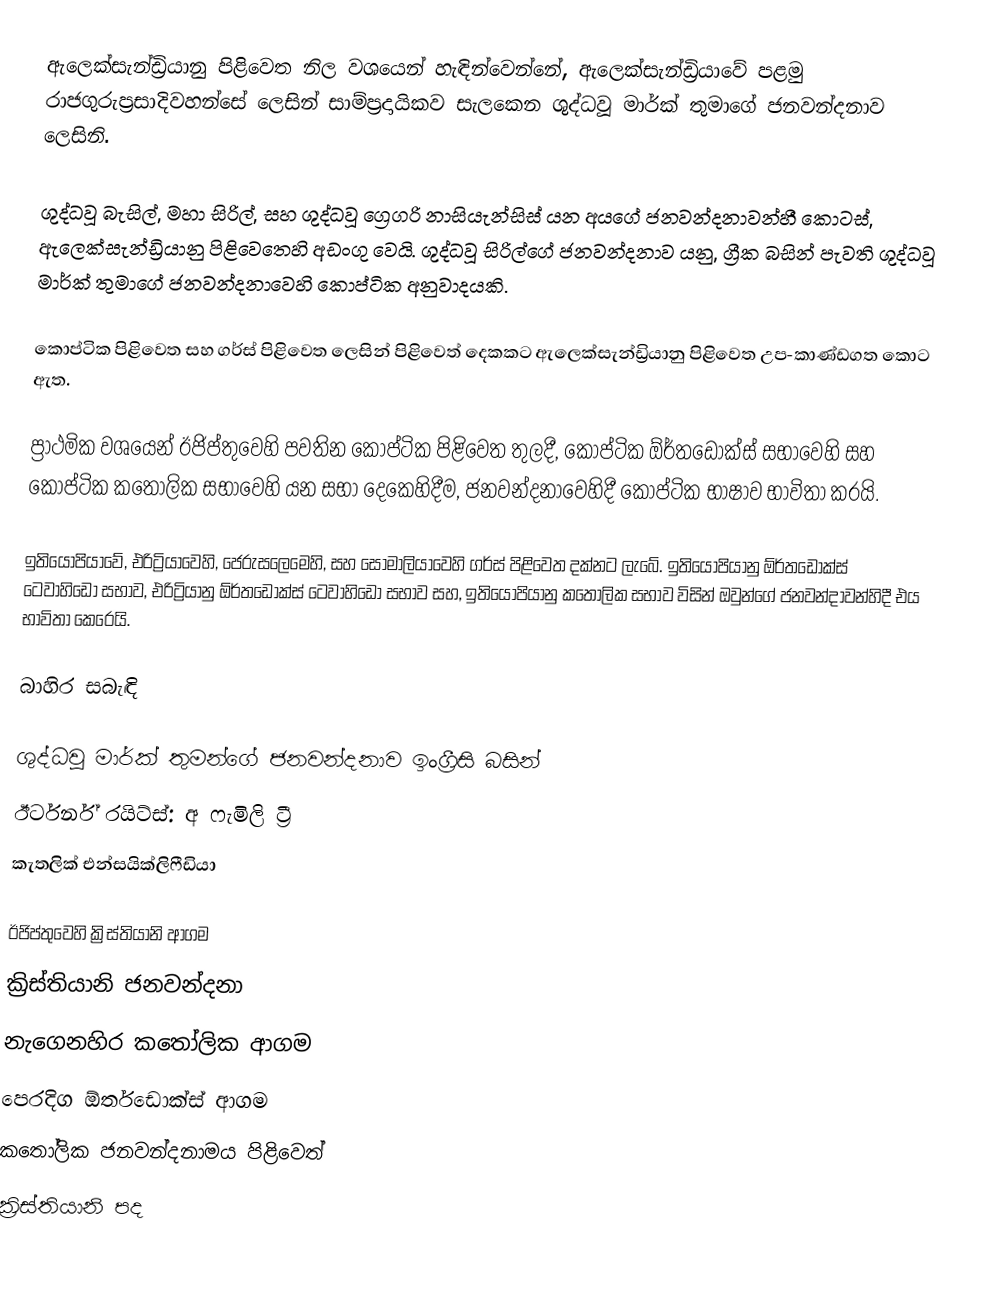
ඇලෙක්සැන්ඩ්‍රියානු පිළිවෙත නිල වශයෙන් හැඳින්වෙන්නේ, ඇලෙක්සැන්ඩ්‍රියාවේ පළමු රාජගුරුප්‍රසාදිවහන්සේ ලෙසින් සාම්ප්‍රදායිකව සැලකෙන ශුද්ධවූ මාර්ක් තුමාගේ ජනවන්දනාව ලෙසිනි.

ශුද්ධවූ බැසිල්, මහා සිරිල්, සහ ශුද්ධවූ ග්‍රෙගරි නාසියැන්සිස් යන අයගේ ජනවන්දනාවන්හී කොටස්, ඇලෙක්සැන්ඩ්‍රියානු පිළිවෙතෙහි අඩංගු වෙයි. ශුද්ධවූ සිරිල්ගේ ජනවන්දනාව යනු,  ග්‍රීක බසින් පැවති ශුද්ධවූ මාර්ක් තුමාගේ ජනවන්දනාවෙහි කොප්ටික අනුවාදයකි.

කොප්ටික පිළිවෙත සහ ගර්ස් පිළිවෙත ලෙසින් පිළිවෙත් දෙකකට ඇලෙක්සැන්ඩ්‍රියානු පිළිවෙත උප-කාණ්ඩගත කොට ඇත.

ප්‍රාථමික වශයෙන්  ඊජිප්තුවෙහි පවතින කොප්ටික පිළිවෙත තුලදී,  කොප්ටික ඕර්තඩොක්ස් සභාවෙහි සහ කොප්ටික කතෝලික සභාවෙහි යන සභා දෙකෙහිදීම, ජනවන්දනාවෙහිදී කොප්ටික භාෂාව භාවිතා කරයි.

ඉතියෝපියාවේ, එරිට්‍රියාවෙහි, ජෙරුසලෙමෙහි, සහ  සෝමාලියාවෙහි ගර්ස් පිළිවෙත දක්නට ලැබේ. ඉතියෝපියානු ඕර්තඩොක්ස් ටෙවාහිඩෝ සභාව, එරිට්‍රියානු ඕර්තඩොක්ස් ටෙවාහිඩෝ සභාව සහ, ඉතියෝපියානු කතෝලික සභාව විසින් ඔවුන්ගේ ජනවන්දාවන්හිදී එය භාවිතා කෙරෙයි.

බාහිර සබැඳි

 ශුද්ධවූ මාර්ක් තුමන්ගේ ජනවන්දනාව ඉංග්‍රීසි බසින්
 ඊර්ටර්න් රයිට්ස්: අ ෆැමිලි ට්‍රී
 කැතලික් එන්සයික්ලිෆීඩියා

ඊජිප්තුවෙහි ක්‍රිස්තියානි ආගම
ක්‍රිස්තියානි ජනවන්දනා
නැගෙනහිර කතෝලික ආගම
පෙරදිග ඕර්තඩොක්ස් ආගම
කතෝලික ජනවන්දනාමය පිළිවෙත්
ක්‍රිස්තියානි පද